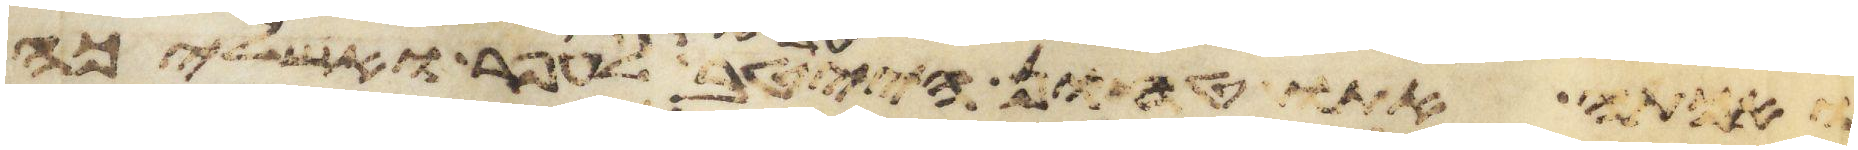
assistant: ואכתה אתו טחון הייטב עד אשר דק לעפר ואשליכה